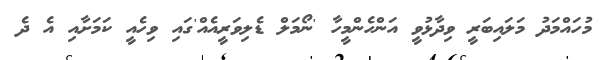
މުހައްމަދު މަލައިބަރީ ވިދާޅުވީ އަންހެންމީހާ 'ނޯމަލް ޑެލިވަރީއެއް'ގައި ވިހެއީ ކަމަށާއި އެ ދެ